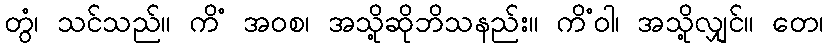
တွံ၊ သင်သည်။ ကိံ အဝစ၊ အသို့ဆိုဘိသနည်း။ ကိံဝါ၊ အသို့လျှင်။ တေ၊